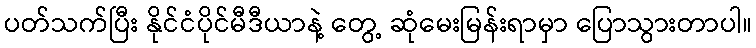
ပတ်သက်ပြီး နိုင်ငံပိုင်မီဒီယာနဲ့ တွေ့ ဆုံမေးမြန်းရာမှာ ပြောသွားတာပါ။